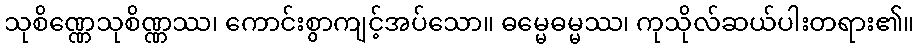
သုစိဏ္ဏေသုစိဏ္ဏဿ၊ ကောင်းစွာကျင့်အပ်သော။ ဓမ္မေဓမ္မဿ၊ ကုသိုလ်ဆယ်ပါးတရား၏။